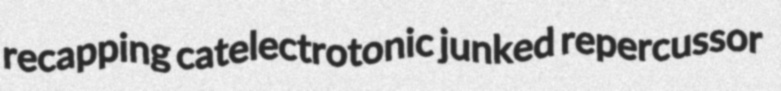
recapping catelectrotonic junked repercussor